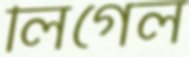
লিগেল